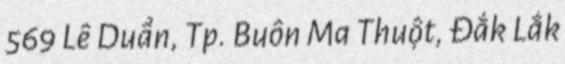
569 Lê Duẩn, Tp. Buôn Ma Thuột, Đắk Lắk